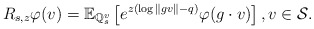
\begin{align*} R_{s, z}\varphi(v) = \mathbb{E}_{\mathbb{Q}_{s}^{v}} \left[ e^{ z( \log \|g v\| - q ) } \varphi(g \cdot v) \right], v \in \mathcal{S}. \end{align*}